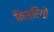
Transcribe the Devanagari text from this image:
मिश्रियों